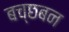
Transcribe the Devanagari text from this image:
बच्छबन